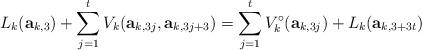
LaTeX: \begin{align*} L_k(\mathbf{a}_{k, 3}) + \sum_{j=1}^t V_k(\mathbf{a}_{k, 3j},\mathbf{a}_{k, 3j+3}) = \sum_{j=1}^tV^\circ_k(\mathbf{a}_{k, 3j}) + L_k(\mathbf{a}_{k, 3+3t})\end{align*}